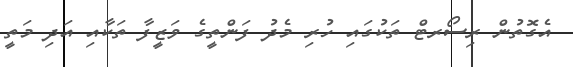
އެގޮތުން ރިސޯރޓް ތަކުގައި ހުރި މެދު ފަންތީގެ ވަޒީފާ ތަކާއި އަދި މަތީ